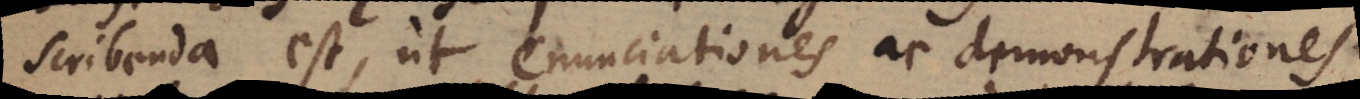
scribenda est, ut enunciationes ac demonstrationes